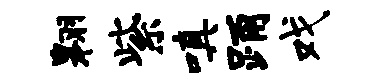
翱紫嗔踊戏